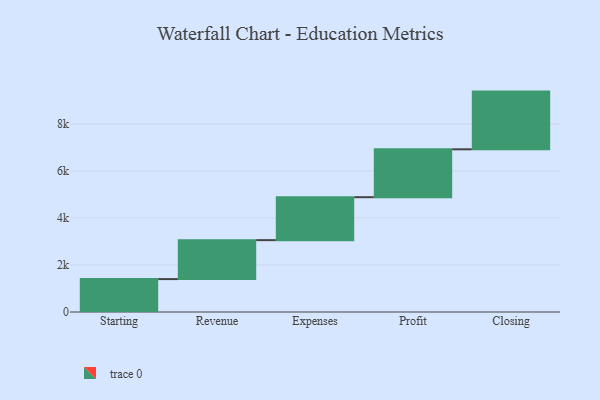
{"axis": {"x": "Step", "y": "Value"}, "legend": [""], "data": [{"x": "Starting", "y": 1400.0, "type": ""}, {"x": "Revenue", "y": 1657.0, "type": ""}, {"x": "Expenses", "y": 1827.0, "type": ""}, {"x": "Profit", "y": 2037.0, "type": ""}, {"x": "Closing", "y": 2455.0, "type": ""}]}